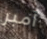
آمبر